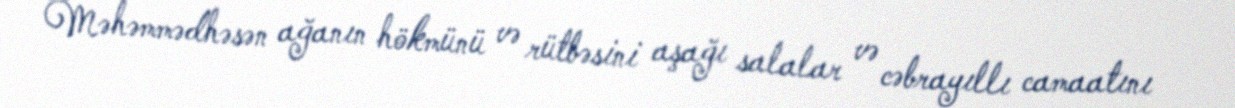
Məhəmmədhəsən ağanın hökmünü və rütbəsini aşağı salalar və cəbrayıllı camaatını